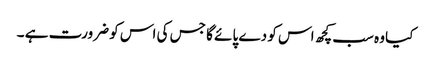
کیا وہ سب کچھ اس کو دے پائے گا جس کی اس کو ضرورت ہے ۔